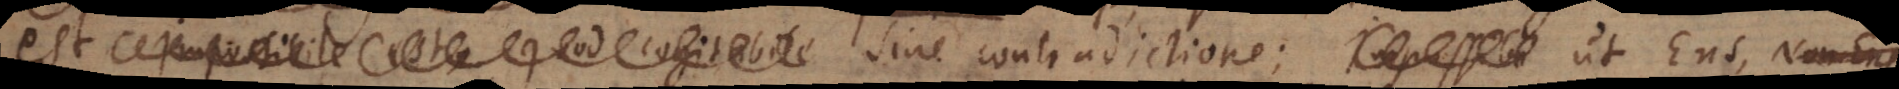
est Impossibile est, quod cogitabile sine contradictione; ut Ens,